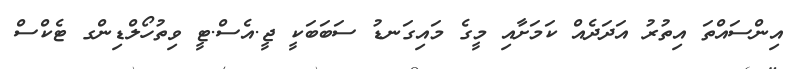
އިންސައްތަ އިތުރު އަދަދެއް ކަމަށާއި މީގެ މައިގަނޑު ސަބަބަކީ ޖީ.އެސް.ޓީ ވިތުހޯލްޑިންގ ޓެކްސް